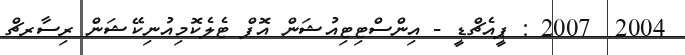
2004  2007 : ޕީއެޗްޑީ - އިންސްޓިޓިއުޝަން އޮފް ޓެލެކޮމިއުނިކޭޝަން ރިސާރޗް